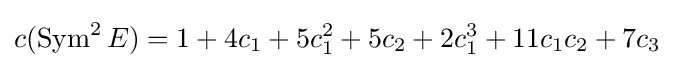
c(\operatorname {Sym} ^{2}E)=1+4c_{1}+5c_{1}^{2}+5c_{2}+2c_{1}^{3}+11c_{1}c_{2}+7c_{3}